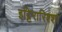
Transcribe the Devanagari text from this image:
इट्टिरारिश्शा